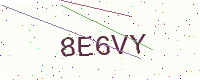
Text: 8E6VY